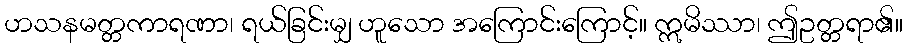
ဟသနမတ္တကာရဏာ၊ ရယ်ခြင်းမျှ ဟူသော အကြောင်းကြောင့်။ ဣမိဿာ၊ ဤဥတ္တရာ၏။